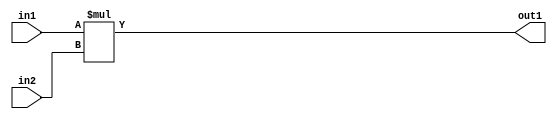
`timescale 1ps / 1ps
/*****************************************************************************
    Verilog RTL Description
    
    
    Created by: Stratus DpOpt 21.05.01 
*******************************************************************************/

module SobelFilter_Mul_32Ux32U_34U_1 (
	in2,
	in1,
	out1
	); /* architecture "behavioural" */ 
input [31:0] in2,
	in1;
output [33:0] out1;
wire [33:0] asc001;

assign asc001 = 
	+(in1 * in2);

assign out1 = asc001;
endmodule

/* CADENCE  urnzTQw= : u9/ySxbfrwZIxEzHVQQV8Q== ** DO NOT EDIT THIS LINE ******/